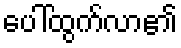
ပေါ်ထွက်လာ၏